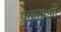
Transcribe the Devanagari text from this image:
प्रताताओं